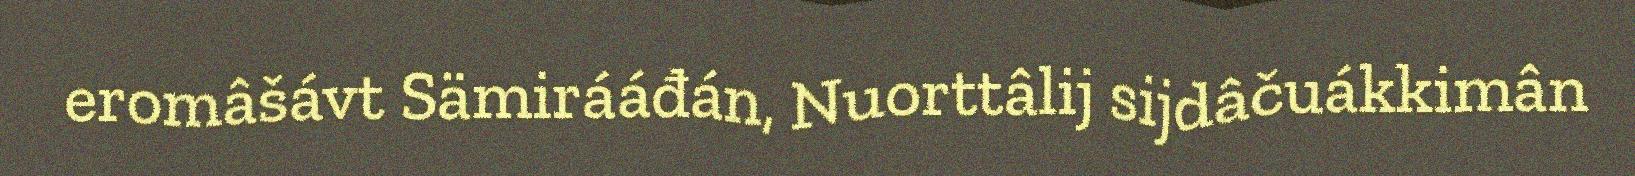
eromâšávt Sämirááđán, Nuorttâlij sijdâčuákkimân